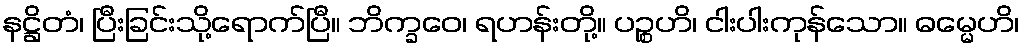
နဋ္ဌိတံ၊ ပြီးခြင်းသို့ရောက်ပြီ။ ဘိက္ခဝေ၊ ရဟန်းတို့။ ပဉ္စဟိ၊ ငါးပါးကုန်သော။ ဓမ္မေဟိ၊